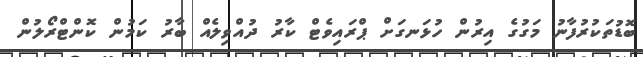
ބޮޑުތަކުރުފާނު މަގުގެ އިރުން ހުޅަނގަށް ޕްރައިވެޓް ކާރު ދުއްވިލެއް ބާރު ކަމުން ކޮންޓްރޯލުން